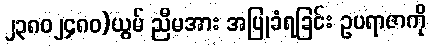
၂၃၈၀၂၄၈၀)ယွမ် ညီမအား အပြုခံရခြင်း ဥပရာဇာကို